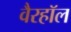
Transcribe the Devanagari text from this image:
वैरहॉल